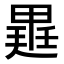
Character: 𭻡